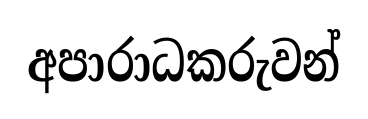
අපාරාධකරුවන්